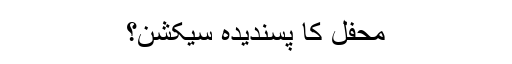
محفل کا پسندیدہ سیکشن؟